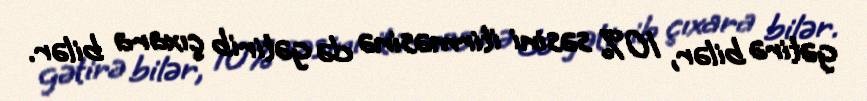
gətirə bilər, 10% səsini itirməsinə də gətirib çıxara bilər.